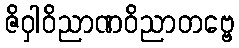
ဇိဝှါဝိညာဏဝိညာတဗ္ဗေ